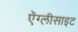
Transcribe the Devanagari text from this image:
ऐंग्लीसाइट